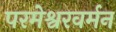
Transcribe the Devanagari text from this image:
परमेश्वरवर्मन